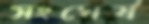
সংঘের্ষ